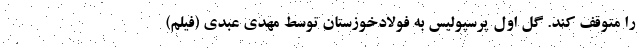
را متوقف کند. گل اول پرسپولیس به فولاد‌خوزستان توسط مهدی عبدی (فیلم)